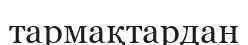
тармақтардан